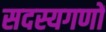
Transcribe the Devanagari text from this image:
सदस्यगणों